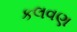
કલવણ